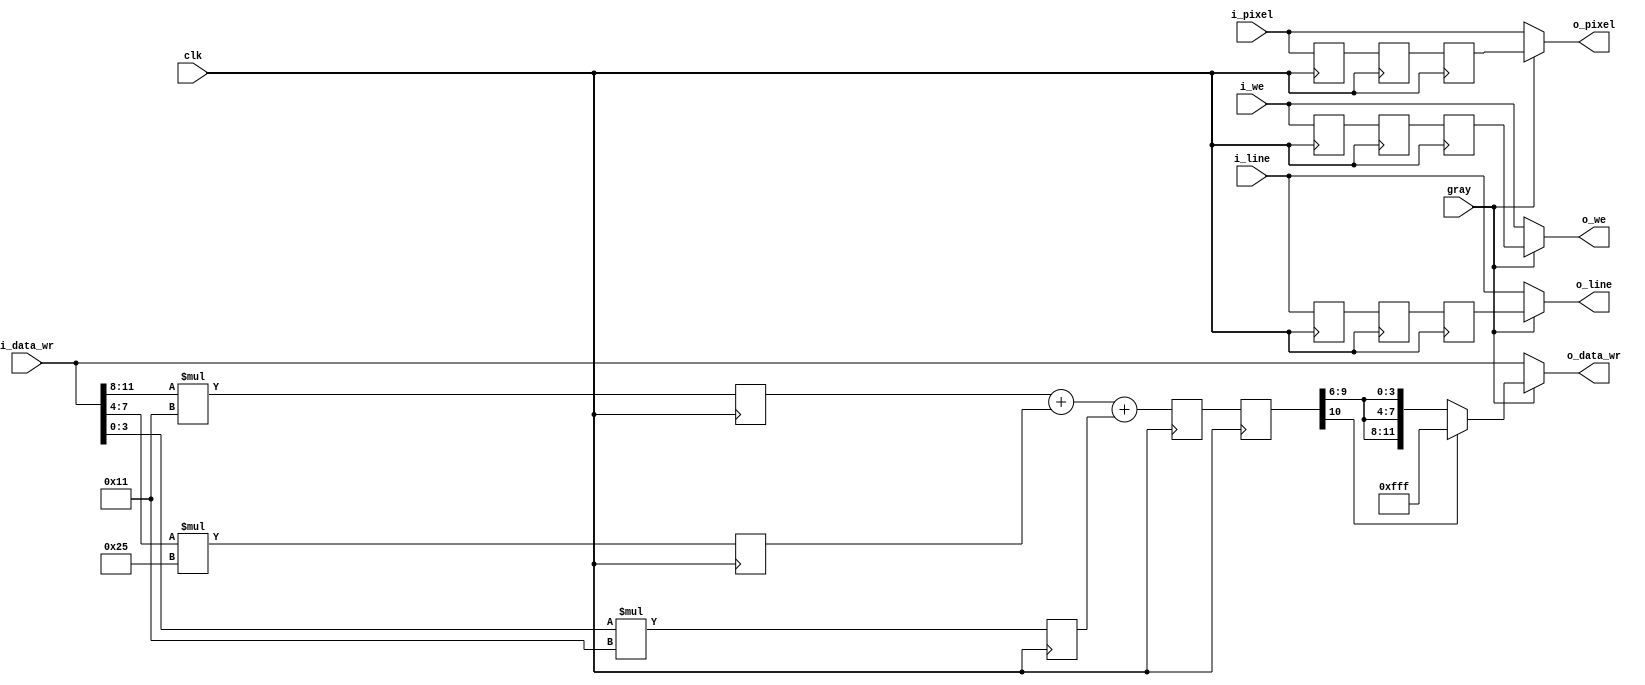
module rgb2gray #(
    parameter   r_koef = 17,      //  0.3   in binary
                g_koef = 37,      //  0.59  in binary
                b_koef = 7 ,      //  0.11  in binary
                CAM_DATA_WIDTH  = 12,
                CAM_LINE        = 9,
                CAM_PIXEL       = 10  
) (
    input           clk,
    input           gray,       // outputs gray if HIGH
    // input form camera
    input                           i_we,
    input [CAM_DATA_WIDTH-1:0]      i_data_wr,
    input [CAM_LINE-1:0]            i_line,
    input [CAM_PIXEL-1:0]           i_pixel,
    // output
    output                          o_we,
    output [CAM_DATA_WIDTH-1:0]     o_data_wr,
    output [CAM_LINE-1:0]           o_line,
    output [CAM_PIXEL-1:0]          o_pixel

);
//------------Internal variables and constants-----------

reg           r_we1 = 0;
reg           r_we2 = 0;
reg           r_we3 = 0;

reg [CAM_LINE-1:0]     r_line1;  
reg [CAM_LINE-1:0]     r_line2; 
reg [CAM_LINE-1:0]     r_line3; 

reg [CAM_PIXEL-1:0]     r_pixel1;  
reg [CAM_PIXEL-1:0]     r_pixel2;
reg [CAM_PIXEL-1:0]     r_pixel3;

reg [10:0]    r_red1 = 0;
reg [10:0]    r_green1 = 0;
reg [10:0]    r_blue1 = 0;
reg [10:0]    r_data2 = 0;
reg [10:0]    r_data3 = 0;


always@(posedge clk) begin
// 3rd cycle
    r_we3 <=    r_we2;
    r_pixel3 <= r_pixel2;
    r_line3 <=  r_line2;
    r_data3 <=  r_data2;
// second cycle
    r_we2 <=    r_we1;
    r_pixel2 <= r_pixel1;
    r_line2 <=  r_line1;
    r_data2 <=  r_red1 + r_green1 + r_blue1;
// first cycle
    r_we1 <=    i_we;
    r_pixel1 <= i_pixel;
    r_line1 <=  i_line;
    r_red1 <=   i_data_wr[11:8] * r_koef;
    r_green1 <= i_data_wr[7:4] * g_koef;
    r_blue1 <=  i_data_wr[3:0] * r_koef;

end

assign o_we =       ~gray ? i_we        :   r_we3;
assign o_line =     ~gray ? i_line      :   r_line3;
assign o_pixel =    ~gray ? i_pixel     :   r_pixel3;
assign o_data_wr =  ~gray ? i_data_wr   :   
                            r_data3[10] ? 
                            12'hfff     : {r_data3[9:6],r_data3[9:6],r_data3[9:6]}; // if overflow send all 1

endmodule